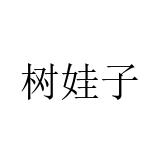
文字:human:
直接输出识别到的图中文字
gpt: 树娃子